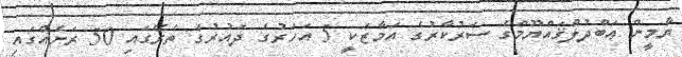
ޔާމީން ޢަބްދުލްޤައްޔޫމްގެ ސަރުކާރުގެ އަމާޒަކީ 5 އަހަރުގެ ދައުރުގެ ތެރޭގައި 50 ރަށެއްގައި